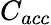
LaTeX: C_{acc}